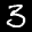
Label: 3